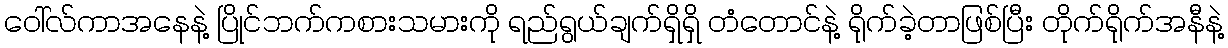
ဝေါ်လ်ကာအနေနဲ့ ပြိုင်ဘက်ကစားသမားကို ရည်ရွယ်ချက်ရှိရှိ တံတောင်နဲ့ ရိုက်ခဲ့တာဖြစ်ပြီး တိုက်ရိုက်အနီနဲ့